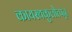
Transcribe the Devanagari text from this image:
कायस्थकुलोत्पन्न